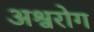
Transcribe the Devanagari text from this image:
अश्वरोग